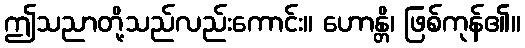
ဤသညာတို့သည်လည်းကောင်း။ ဟောန္တိ၊ ဖြစ်ကုန်၏။